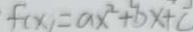
f ( x ) = a x ^ { 2 } + b x + c